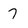
Character: 7